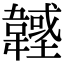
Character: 𩏟